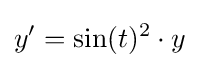
y'=\sin(t)^{2}\cdot y